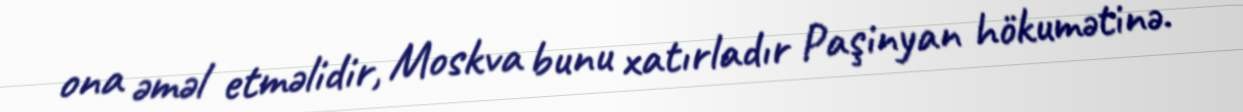
ona əməl etməlidir, Moskva bunu xatırladır Paşinyan hökumətinə.